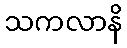
သကလာနိ